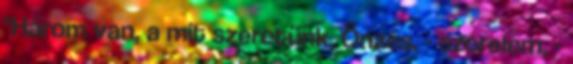
"Három van, a mit szeretünk, Önzés, - szerelem, -